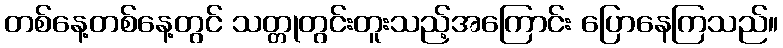
တစ်နေ့တစ်နေ့တွင် သတ္တုတွင်းတူးသည့်အကြောင်း ပြောနေကြသည်။